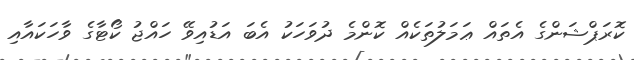
ކޮރަޕްޝަންގެ އެތައް ޢަމަލުތަކެއް ކޮންމެ ދުވަހަކު އެބަ އަޑުއިވޭ ހައްޖު ކޯޓާގެ ވާހަކައާއި